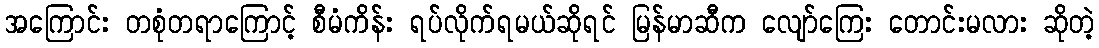
အကြောင်း တစုံတရာကြောင့် စီမံကိန်း ရပ်လိုက်ရမယ်ဆိုရင် မြန်မာဆီက လျော်ကြေး တောင်းမလား ဆိုတဲ့